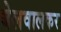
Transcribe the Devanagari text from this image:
बेलवालकर